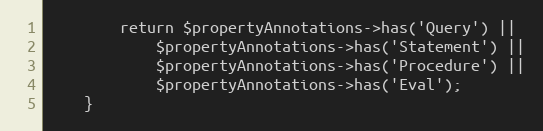
Language: PHP
		return $propertyAnnotations->has('Query') ||
			$propertyAnnotations->has('Statement') ||
			$propertyAnnotations->has('Procedure') ||
			$propertyAnnotations->has('Eval');
	}